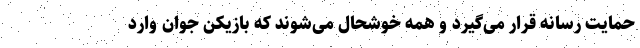
حمایت رسانه قرار می‌گیرد و همه خوشحال می‌شوند که بازیکن جوان وارد